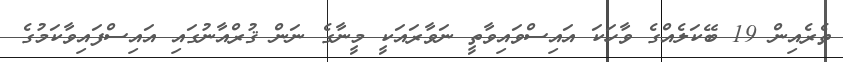
ތެރެއިން 19 ބޭކަލެއްގެ ވާހަކަ އައިސްވައިވާތީ ނަވާރައަކީ މީނާގެ ނަން ޤުރްއާނުގައި އައިސްފައިވާކަމުގެ